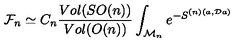
{ \cal F } _ { n } \simeq C _ { n } \frac { V o l ( S O ( n ) ) } { V o l ( O ( n ) ) } \int _ { { \cal M } _ { n } } e ^ { - S ^ { ( n ) ( a , { \cal D } a ) } }